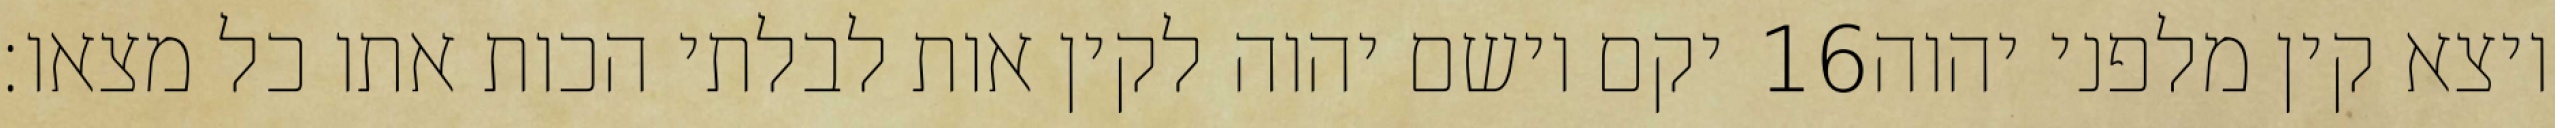
יקם וישם יהוה לקין אות לבלתי הכות אתו כל מצאו׃ ‎16‏ ויצא קין מלפני יהוה